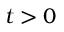
t > 0